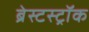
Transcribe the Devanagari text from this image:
ब्रेस्टस्ट्रॉक